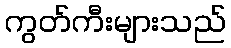
ကွတ်ကီးများသည်